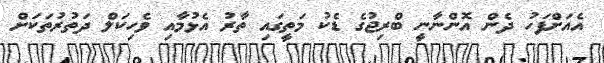
އެއަށްފަހު ދެން އޮންނާނީ ބްރިޖުގެ ޑެކު މަތީގައި ތާރު އެޅުމާއި ވެހިކަލް ދަތުރުތަކަށް